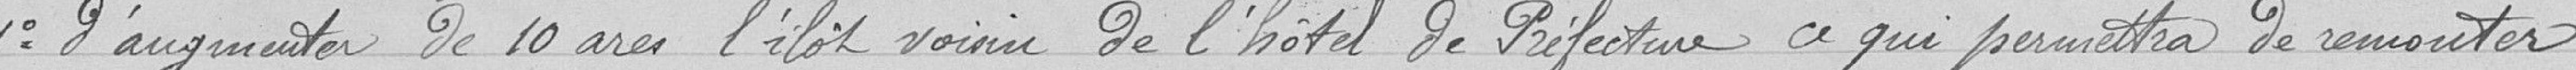
1° D'augmenter de 10 ares l'ilot voisin de l'hôtel de Préfecture ce qui permettra de remonter